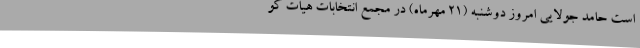
است حامد جولایی امروز دوشنبه (21 مهرماه) در مجمع انتخابات هیات کو